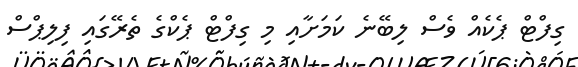
ގިފްޓް ޕެކެއް ވެސް ލިބޭނެ ކަމަށާއި މި ގިފްޓް ޕެކްގެ ތެރޭގައި ފިލިޕްސް